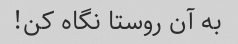
به آن روستا نگاه کن!